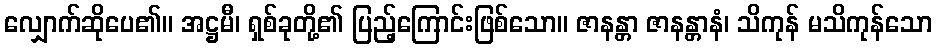
လျှောက်ဆိုပေ၏။ အဋ္ဌမီ၊ ရှစ်ခုတို့၏ ပြည့်ကြောင်းဖြစ်သော။ ဇာနန္တာ ဇာနန္တာနံ၊ သိကုန် မသိကုန်သော